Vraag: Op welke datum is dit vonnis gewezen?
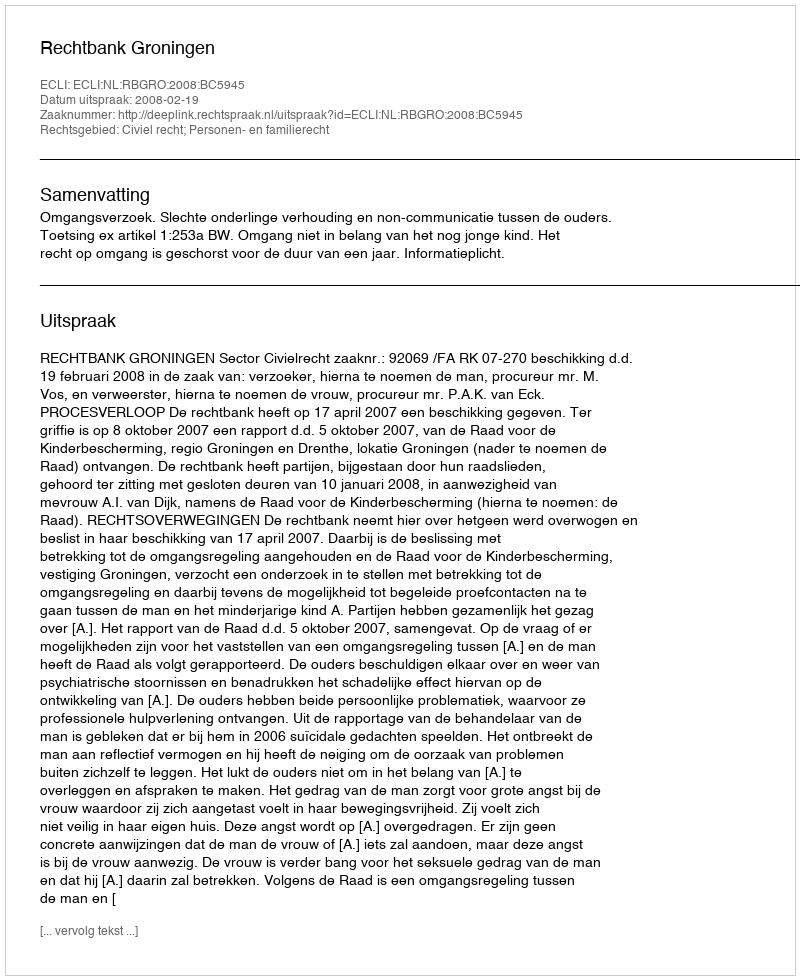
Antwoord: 2008-02-19